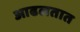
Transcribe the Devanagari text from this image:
आढलतात